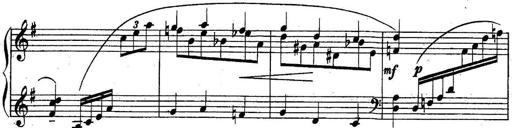
Title: Sonatine
Composer: Adrian Shaposhnikov
Key: E minor